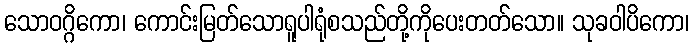
သောဝဂ္ဂိကော၊ ကောင်းမြတ်သောရူပါရုံစသည်တို့ကိုပေးတတ်သော။ သုခဝါပိကော၊